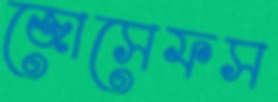
জোসেফস